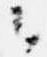
云